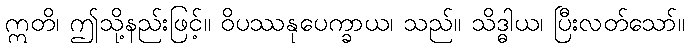
ဣတိ၊ ဤသို့နည်းဖြင့်။ ဝိပဿနုပေက္ခာယ၊ သည်။ သိဒ္ဓါယ၊ ပြီးလတ်သော်။